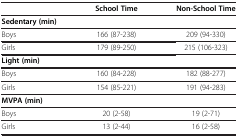
<table><thead><tr><td><b> </b></td><td><b>School Time</b></td><td><b>Non-School Time</b></td></tr></thead><tbody><tr><td><b>Sedentary (min)</b></td><td> </td><td> </td></tr><tr><td>Boys</td><td>166 (87-238)</td><td>209 (94-330)</td></tr><tr><td>Girls</td><td>179 (89-250)</td><td>215 (106-323)</td></tr><tr><td><b>Light (min)</b></td><td> </td><td> </td></tr><tr><td>Boys</td><td>160 (84-228)</td><td>182 (88-277)</td></tr><tr><td>Girls</td><td>154 (85-221)</td><td>191 (94-283)</td></tr><tr><td><b>MVPA (min)</b></td><td> </td><td> </td></tr><tr><td>Boys</td><td>20 (2-58)</td><td>19 (2-71)</td></tr><tr><td>Girls</td><td>13 (2-44)</td><td>16 (2-58)</td></tr></tbody></table>